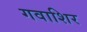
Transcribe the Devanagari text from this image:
गवाशिर